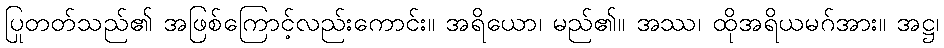
ပြုတတ်သည်၏ အဖြစ်ကြောင့်လည်းကောင်း။ အရိယော၊ မည်၏။ အဿ၊ ထိုအရိယမဂ်အား။ အဋ္ဌ၊